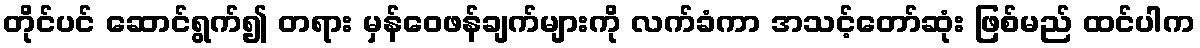
တိုင်ပင် ဆောင်ရွက်၍ တရား မှန်ဝေဖန်ချက်များကို လက်ခံကာ အသင့်တော်ဆုံး ဖြစ်မည် ထင်ပါက